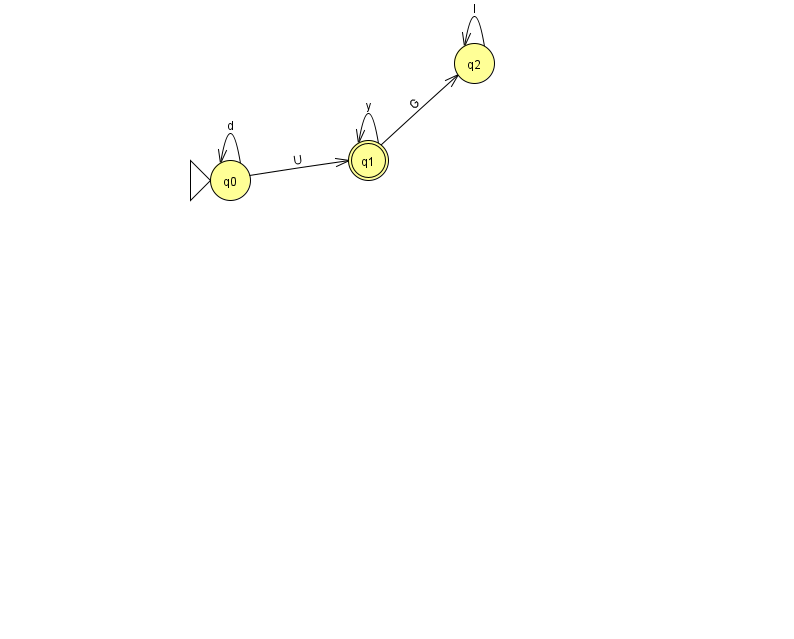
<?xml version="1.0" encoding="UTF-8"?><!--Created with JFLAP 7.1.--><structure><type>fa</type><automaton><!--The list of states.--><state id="0" name="q0"><x>230.0</x><y>167.0</y><initial/></state><state id="1" name="q1"><x>368.0</x><y>147.0</y><final/></state><state id="2" name="q2"><x>474.0</x><y>50.0</y></state><!--The list of transitions.--><transition><from>0</from><to>0</to><read>d</read></transition><transition><from>1</from><to>2</to><read>G</read></transition><transition><from>1</from><to>1</to><read>y</read></transition><transition><from>2</from><to>2</to><read>l</read></transition><transition><from>0</from><to>1</to><read>U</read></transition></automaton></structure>